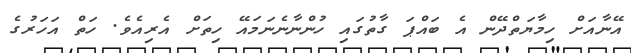
އޭނާއަށް ހިމާޔަތްދޭން އެ ބައްޕަ ގާތުގައި ހުންނާނެނަމައޭ ހިތަށް އެރިއެވެ. ހަތް އަހަރުގެ